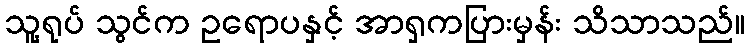
သူ့ရုပ် သွင်က ဥရောပနှင့် အာရှကပြားမှန်း သိသာသည်။